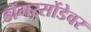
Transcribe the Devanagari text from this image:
डोंगरसोंडेवर